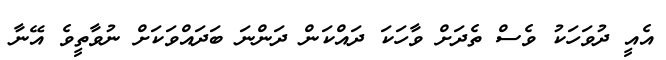
އެއީ ދުވަހަަކު ވެސް ތެދަށް ވާހަކަ ދައްކަން ދަންނަ ބަދައްވަކަށް ނުވާތީވެ އޭނާ